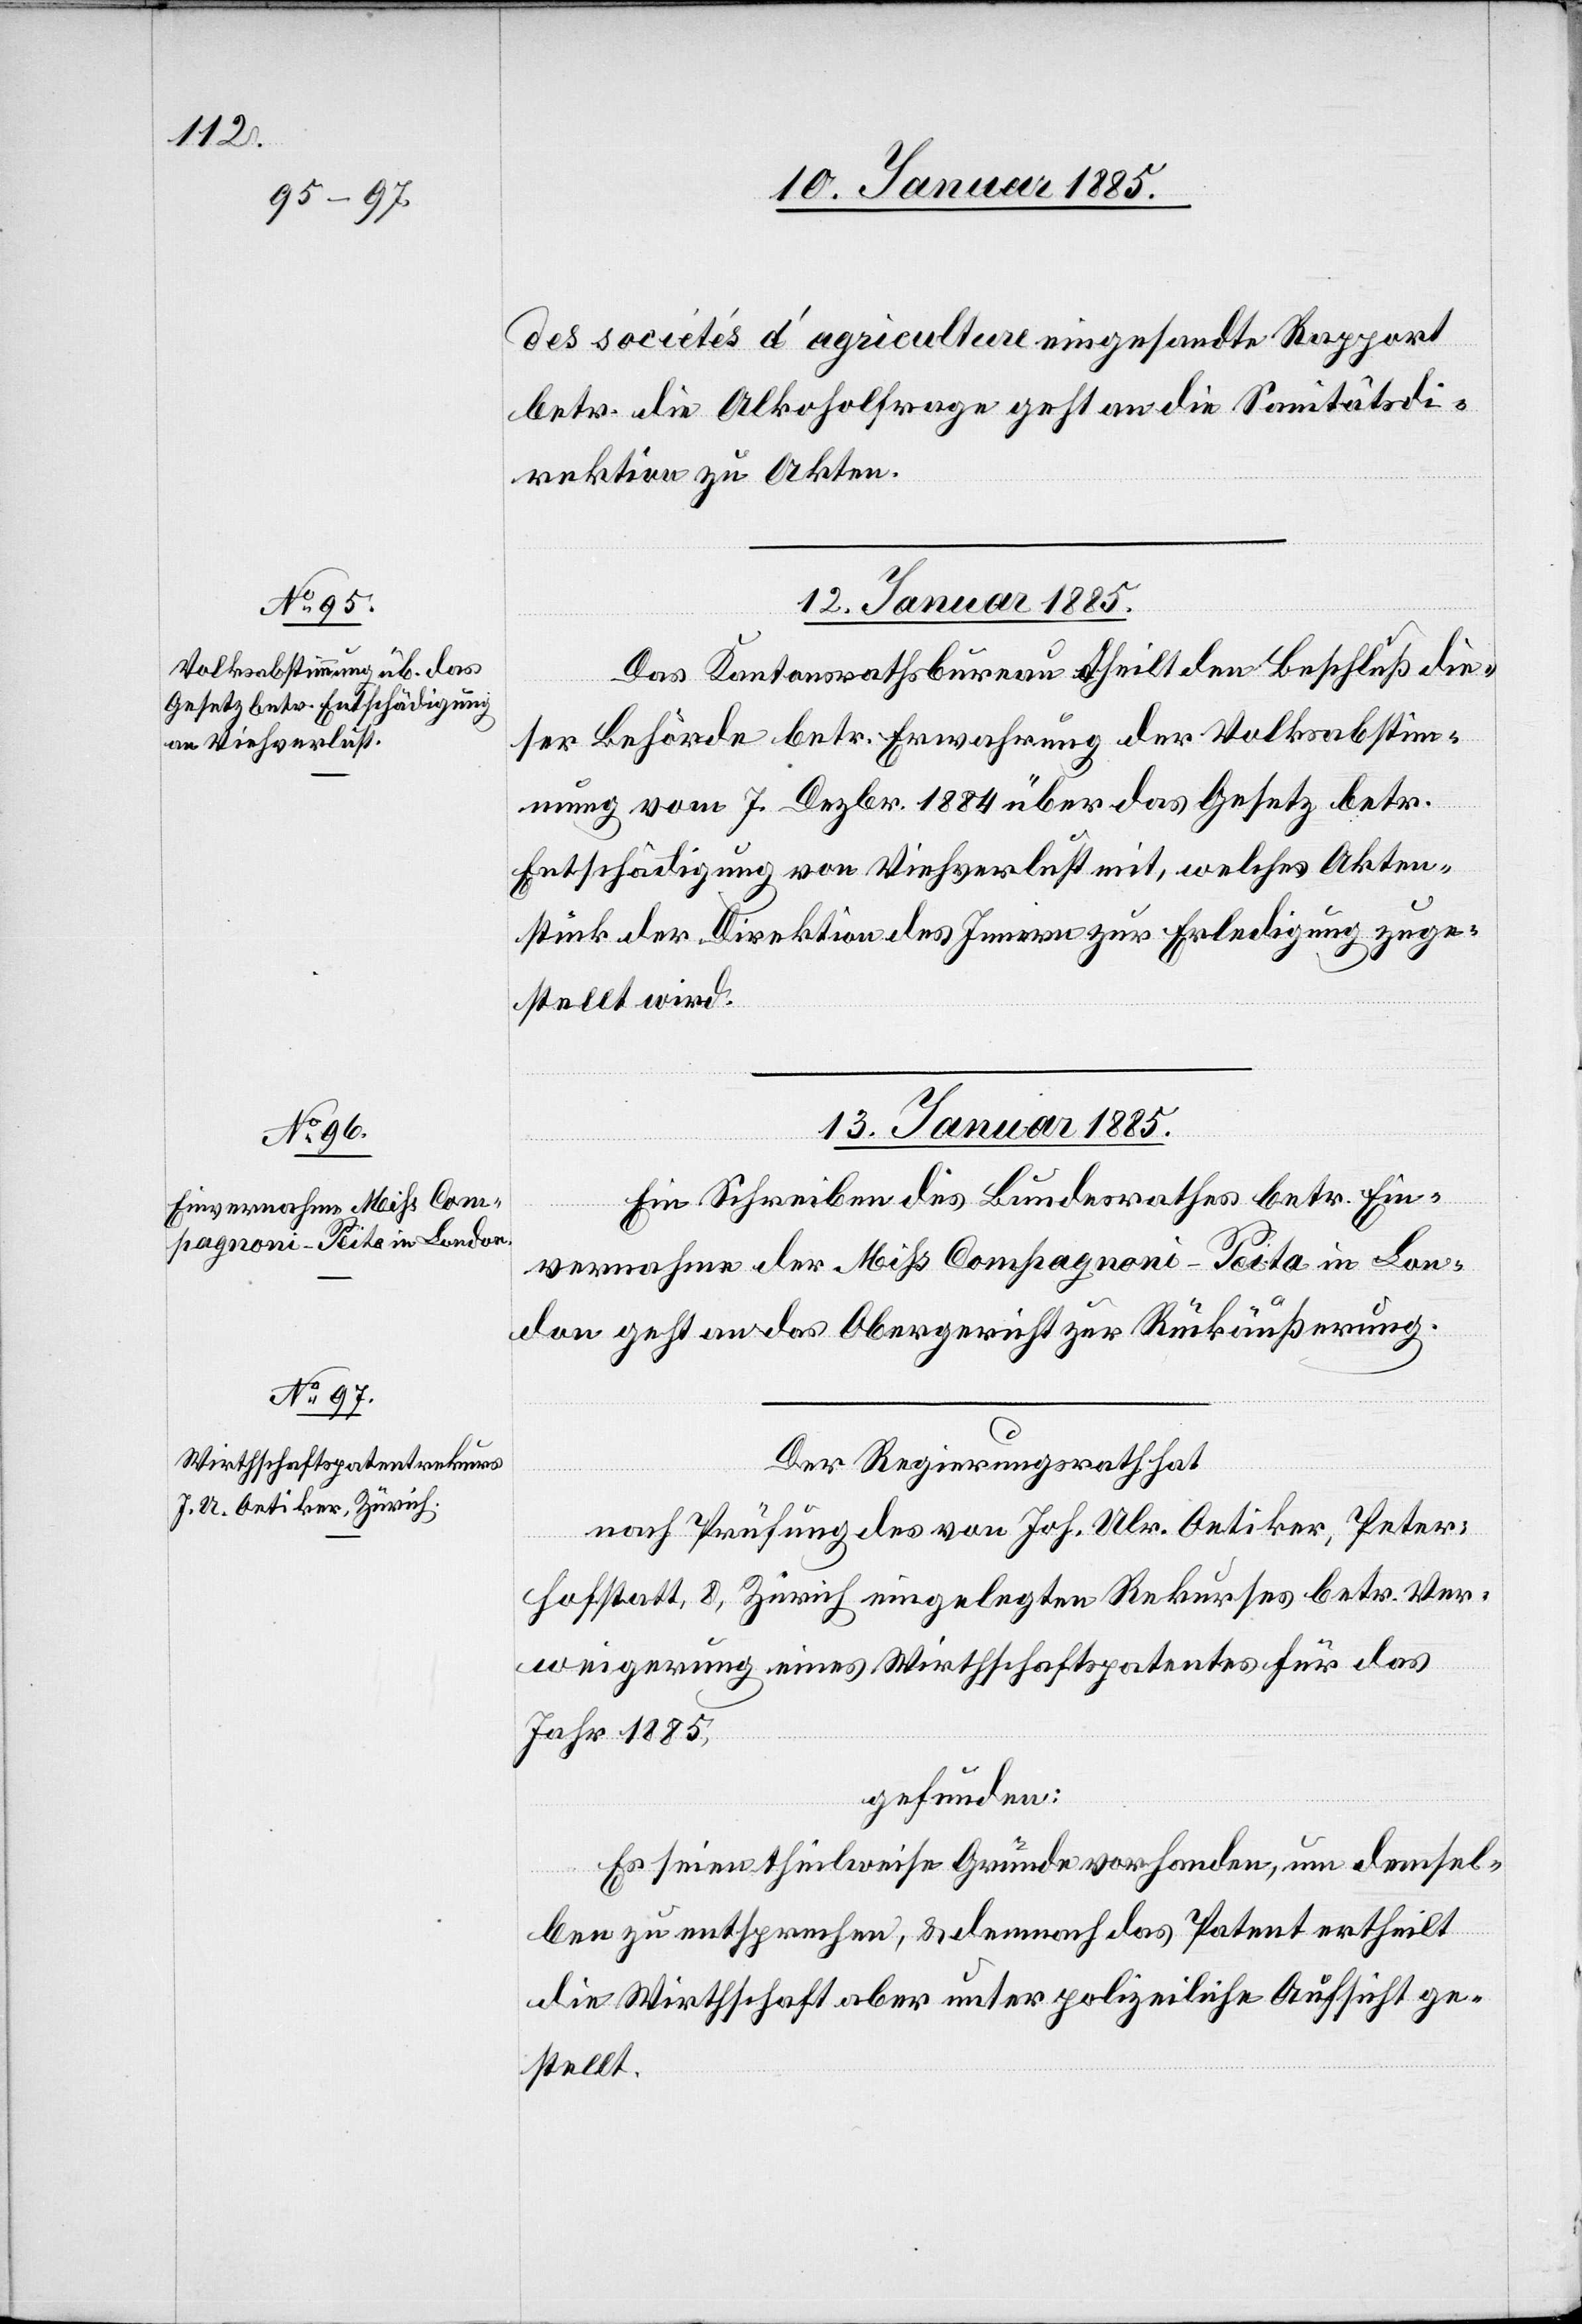
des sociétés d’ agriculture eingesandte Rapport
betr. die Alkoholfrage geht an die Sanitätsdi¬
rektion zu Akten.
12. Januar 1885.
Das Kantonsrathsbureau theilt den Beschluß die¬
ser Behörde betr. Erwahrung der Volksabstim¬
mung vom 7. Dezbr. 1884 über das Gesetz betr.
Entschädigung von Viehverlust mit, welches Akten¬
stück der Direktion des Innern zur Erledigung zuge¬
stellt wird.
13. Januar 1885.]
Ein Schreiben des Bundesrathes betr. Ein¬
vernahme der Miss Compagnoni-Peita in Lon¬
don geht an das Obergericht zur Rückäußerung.
Der Regierungsrath hat
nach Prüfung des von Joh. Ulr. Oetiker, Peter-H¬
ofstatt, 8, Zürich eingelegten Rekurses betr. Ver¬
weigerung eines Wirthschaftspatentes für das
Jahr 1885,
gefunden:
Es seien theilweise Gründe vorhanden, um demsel¬
ben zu entsprechen, & demnach das Patent ertheilt,
die Wirthschaft aber unter polizeiliche Aufsicht ge¬
stellt.